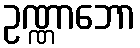
ဥဏ္ဏာဘော